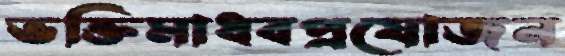
ভক্তিমাধবপ্রযোজন